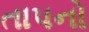
તાપનો